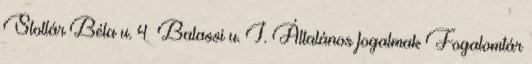
Stollár Béla u. 4 Balassi u. I. Általános fogalmak Fogalomtár